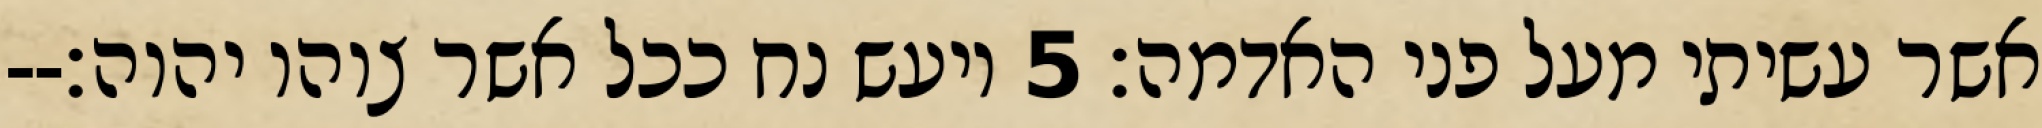
אשר עשיתי מעל פני האדמה׃ ‎5‏ ויעש נח ככל אשר צוהו יהוה׃--